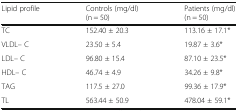
<table><thead><tr><td><b>Lipid profile</b></td><td><b>Controls (mg/dl)(n = 50)</b></td><td><b>Patients (mg/dl)(n = 50)</b></td></tr></thead><tbody><tr><td>TC</td><td>152.40 ± 20.3</td><td>113.16 ± 17.1*</td></tr><tr><td>VLDL– C</td><td>23.50 ± 5.4</td><td>19.87 ± 3.6*</td></tr><tr><td>LDL– C</td><td>96.80 ± 15.4</td><td>87.10 ± 23.5*</td></tr><tr><td>HDL– C</td><td>46.74 ± 4.9</td><td>34.26 ± 9.8*</td></tr><tr><td>TAG</td><td>117.5 ± 27.0</td><td>99.36 ± 17.9*</td></tr><tr><td>TL</td><td>563.44 ± 50.9</td><td>478.04 ± 59.1*</td></tr></tbody></table>